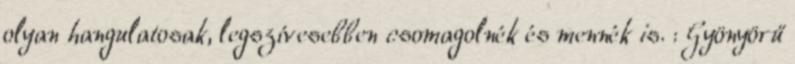
olyan hangulatosak, legszívesebben csomagolnék és mennék is. : Gyönyörű